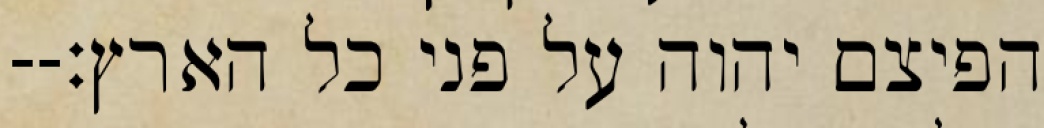
הפיצם יהוה על פני כל הארץ׃--